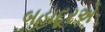
બહાદૂરએ